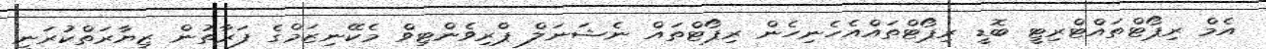
އެމް ރިޕޯޓްތައްޓްރިޓީ ބޮޑީ ރިޕޯޓްތައްއެހެނިހެން ރިޕޯޓްތައް ނެޝަނަލް ޕްރިވެންޓިވް މެކޭނިޒަމްގެ ފަރާތުން ޒިޔާރަތްކުރަނީ